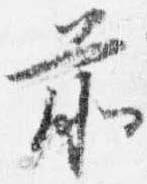
前